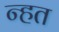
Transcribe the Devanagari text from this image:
न्हत